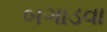
બગાડવા